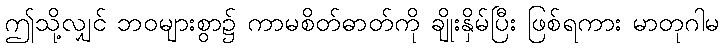
ဤသို့လျှင် ဘဝများစွာ၌ ကာမစိတ်ဓာတ်ကို ချိုးနှိမ်ပြီး ဖြစ်ရကား မာတုဂါမ